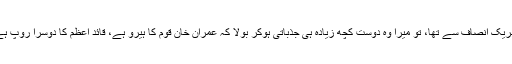
مشتاق صاحب کا تعلق تحریکِ انصاف سے تھا، تو میرا وہ دوست کچھ زیادہ ہی جذباتی ہوکر بولا کہ عمران خان قوم کا ہیرو ہے، قائد اعظم کا دوسرا روپ ہے، اس ملک کی شان ہے۔